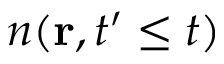
n ( { \bf r } , t ^ { \prime } \le t )